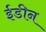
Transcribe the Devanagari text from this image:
ईडीन